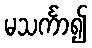
မသင်္ကာ၍